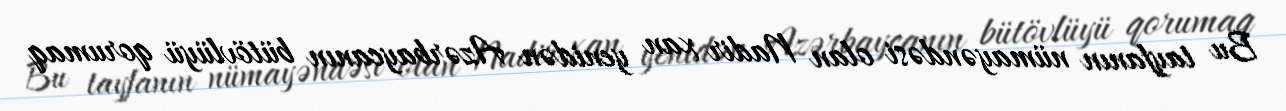
Bu tayfanın nümayəndəsi olan Nadir xan yenidən Azərbaycanın bütövlüyü qorumaq